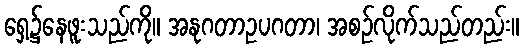
ရှေ့၌နေဖူးသည်ကို။ အနုဂတာဥပဂတာ၊ အစဉ်လိုက်သည်တည်း။